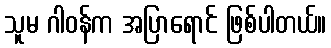
သူမ ဂါဝန်က အပြာရောင် ဖြစ်ပါတယ်။